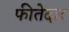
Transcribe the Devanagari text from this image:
फीतेदार